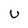
Character: U